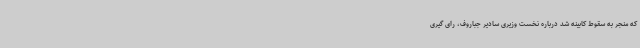
که منجر به سقوط کابینه شد درباره نخست وزیری سادیر جباروف، رای گیری